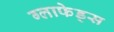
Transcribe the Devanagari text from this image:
ग्लाफेड्स